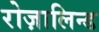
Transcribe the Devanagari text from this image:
रोज़ालिन्ड